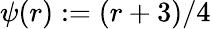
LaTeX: \psi(r):=(r+3)/4